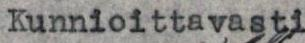
Kunnioittavasti